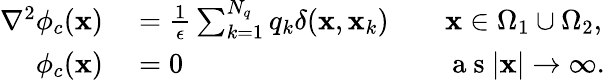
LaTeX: \begin{array}{rlrl}{\nabla^{2}\phi_{c}(\mathbf{x})}&{{}=\frac{1}{\epsilon}\sum_{k=1}^{N_{q}}q_{k}\delta(\mathbf{x},\mathbf{x}_{k})}&{}&{{}\mathbf{x}\in\Omega_{1}\cup\Omega_{2},}\\ {\phi_{c}(\mathbf{x})}&{{}=0}&{}&{{}\mathrm{~a~s~}|\mathbf{x}|\to\infty.}\end{array}